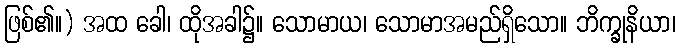
ဖြစ်၏။) အထ ခေါ၊ ထိုအခါ၌။ သောမာယ၊ သောမာအမည်ရှိသော။ ဘိက္ခုနိယာ၊